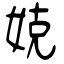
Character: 娔